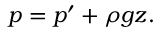
p = p ^ { \prime } + \rho g z .